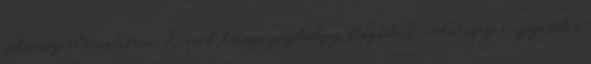
nedvesség eltávolítása. Ennek hiánya gőzhólyag képződést eredményez a szigetelés